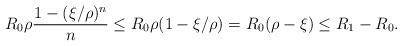
\begin{align*}R_0\rho\frac{1-(\xi/\rho)^n}{n}\le R_0\rho (1-\xi/\rho)=R_0(\rho-\xi)\le R_1-R_0. \end{align*}